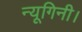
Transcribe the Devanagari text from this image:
न्यूगिनी।